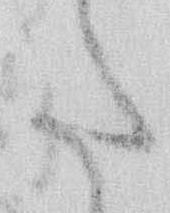
た